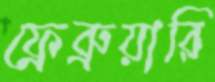
ফ্রেব্রুয়ারি